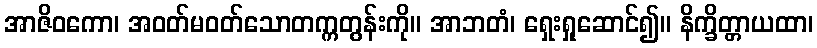
အာဇိဝကော၊ အဝတ်မဝတ်သောတက္ကတွန်းကို။ အာဘတံ၊ ရှေးရှုဆောင်၍။ နိက္ခိတ္တာယထာ၊